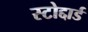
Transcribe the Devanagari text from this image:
स्टोद्दार्ड